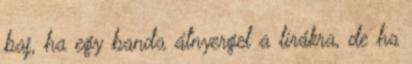
baj, ha egy banda átnyergel a lírákra, de ha